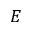
E